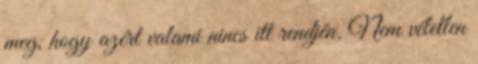
meg, hogy azért valami nincs itt rendjén. Nem véletlen